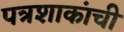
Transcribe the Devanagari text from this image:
पत्रशाकांची